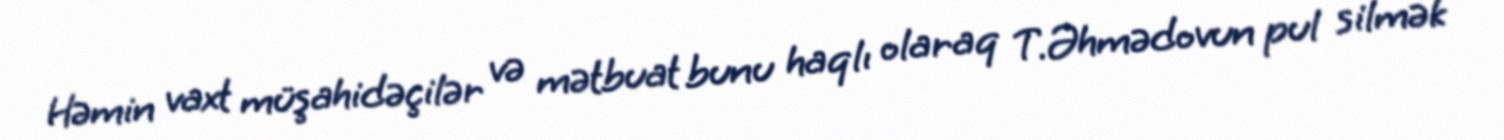
Həmin vaxt müşahidəçilər və mətbuat bunu haqlı olaraq T.Əhmədovun pul silmək